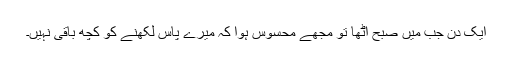
ایک دن جب میں صبح اٹھا تو مجھے محسوس ہوا کہ میرے پاس لکھنے کو کچھ باقی نہیں۔